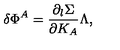
\delta \Phi ^ { A } = { \frac { \partial _ { l } \Sigma } { \partial K _ { A } } } \Lambda ,